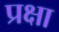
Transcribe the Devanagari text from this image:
प्रक्षा